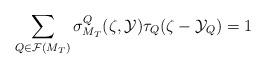
LaTeX: \begin{align*}\displaystyle \sum_{Q\in \mathcal{F}(M_T)} \sigma_{M_T}^Q(\zeta, \mathcal{Y}) \tau_Q(\zeta-\mathcal{Y}_Q)=1\end{align*}